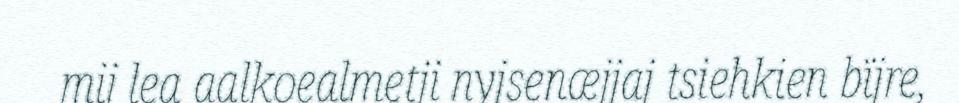
mij lea aalkoealmetji nyjsenæjjaj tsiehkien bïjre,